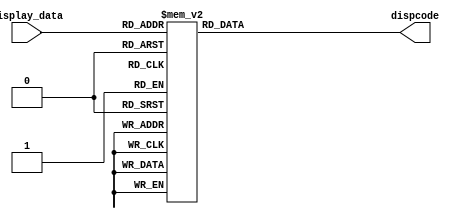
`timescale 1ns / 1ps
//////////////////////////////////////////////////////////////////////////////////
// Company: 
// Engineer: 
// 
// Design Name: 
// Module Name: 7_SegLED
// Project Name: 
// Target Devices: 
// Tool Versions: 
// Description: 
// 
// Dependencies: 
// 
// Revision:
// Revision 0.01 - File Created
// Additional Comments:
// 
//////////////////////////////////////////////////////////////////////////////////


module SegLED(
    input [3:0] display_data,
    output reg [6:0] dispcode
    );
    
    always @(display_data) begin
        case (display_data)
             4'b0000 : dispcode = 8'b100_0000;  //0'0'-'1'-
             4'b0001 : dispcode = 8'b111_1001;  //1
             4'b0010 : dispcode = 8'b010_0100;  //2
             4'b0011 : dispcode = 8'b011_0000;  //3
             4'b0100 : dispcode = 8'b001_1001;  //4
             4'b0101 : dispcode = 8'b001_0010;   //5
             4'b0110 : dispcode = 8'b000_0010;  //6 
             4'b0111 : dispcode = 8'b101_1000;  //7
             4'b1000 : dispcode = 8'b000_0000;  //8
             4'b1001 : dispcode = 8'b001_0000;  //9
             4'b1010 : dispcode = 8'b000_1000;  //A
             4'b1011 : dispcode = 8'b000_0011;  //b
             4'b1100 : dispcode = 8'b100_0110;  //C
             4'b1101 : dispcode = 8'b010_0001;  //d
             4'b1110 : dispcode = 8'b000_0110;  //E
             4'b1111 : dispcode = 8'b000_1110; //F
             default : dispcode = 8'b000_0000;  //
         endcase  
    end
endmodule